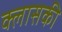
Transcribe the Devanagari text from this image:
क्लासकी